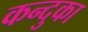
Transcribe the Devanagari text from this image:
कन्दुका